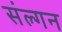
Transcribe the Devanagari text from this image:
संल्गन